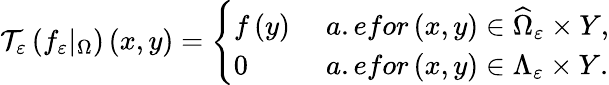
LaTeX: \mathcal{T}_{\varepsilon}\left(f_{\varepsilon}|_{\Omega}\right)\left(x,y\right)=\left\{ \begin{array}{ll}{f\left(y\right)}&{\; a.efor\left(x,y\right)\in\widehat{\Omega}_{\varepsilon}\times Y,}\\ {0}&{\; a.efor\left(x,y\right)\in\Lambda_{\varepsilon}\times Y.}\end{array}\right.